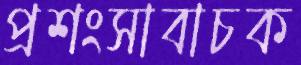
প্রশংসাবাচক